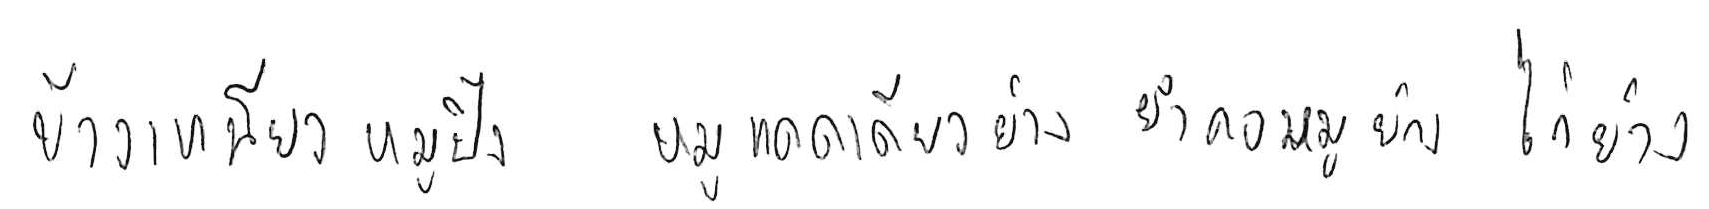
ข้าวเหนียวหมูปิ้ง หมูแดดเดียวย่าง ยำคอหมูย่าง ไก่ย่าง